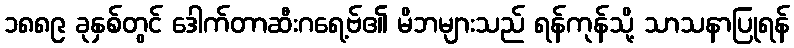
၁၈၈၉ ခုနှစ်တွင် ဒေါက်တာဆီးဂရေ့ဗ်၏ မိဘများသည် ရန်ကုန်သို့ သာသနာပြုရန်